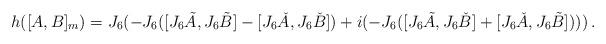
LaTeX: \begin{align*}h( [A, B]_m) = J_6( -J_6([J_6\tilde{A},J_6\tilde{B}]-[J_6\check{A},J_6\check{B}]) + i ( -J_6([J_6\tilde{A},J_6\check{B}]+[J_6\check{A},J_6\tilde{B}]) ) ) \,.\end{align*}